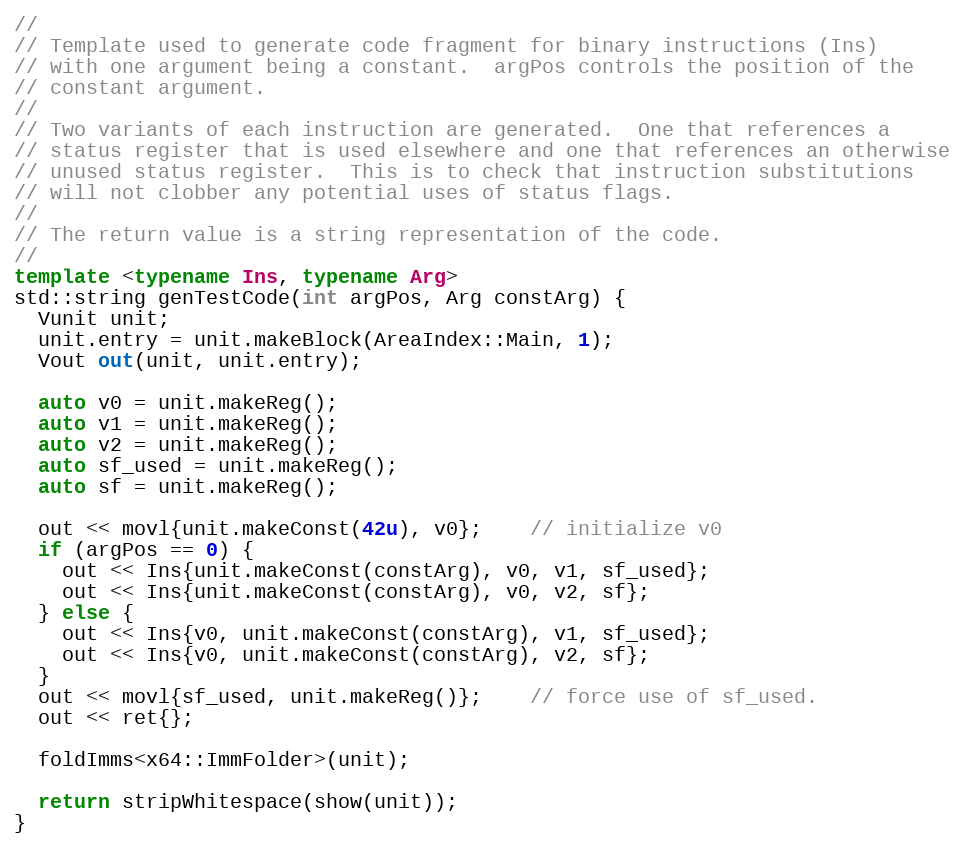
Language: C++
//
// Template used to generate code fragment for binary instructions (Ins)
// with one argument being a constant.  argPos controls the position of the
// constant argument.
//
// Two variants of each instruction are generated.  One that references a
// status register that is used elsewhere and one that references an otherwise
// unused status register.  This is to check that instruction substitutions
// will not clobber any potential uses of status flags.
//
// The return value is a string representation of the code.
//
template <typename Ins, typename Arg>
std::string genTestCode(int argPos, Arg constArg) {
  Vunit unit;
  unit.entry = unit.makeBlock(AreaIndex::Main, 1);
  Vout out(unit, unit.entry);

  auto v0 = unit.makeReg();
  auto v1 = unit.makeReg();
  auto v2 = unit.makeReg();
  auto sf_used = unit.makeReg();
  auto sf = unit.makeReg();

  out << movl{unit.makeConst(42u), v0};    // initialize v0
  if (argPos == 0) {
    out << Ins{unit.makeConst(constArg), v0, v1, sf_used};
    out << Ins{unit.makeConst(constArg), v0, v2, sf};
  } else {
    out << Ins{v0, unit.makeConst(constArg), v1, sf_used};
    out << Ins{v0, unit.makeConst(constArg), v2, sf};
  }
  out << movl{sf_used, unit.makeReg()};    // force use of sf_used.
  out << ret{};

  foldImms<x64::ImmFolder>(unit);

  return stripWhitespace(show(unit));
}